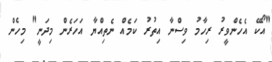
"އޯކޭ އެހެންވީރު ރިހާމު ވިސްނާ އިތުރު ކަމެއް ނެތިއްޔާ އަހަރެން މިދަނީ" މިހެން